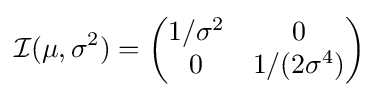
{\mathcal {I}}(\mu ,\sigma ^{2})={\begin{pmatrix}1/\sigma ^{2}&0\\0&1/(2\sigma ^{4})\end{pmatrix}}